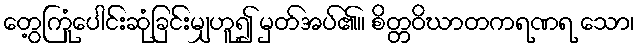
တွေ့ကြုံပေါင်းဆုံခြင်းမျှဟူ၍ မှတ်အပ်၏။ စိတ္တဝိဃာတကရဏရ သော၊